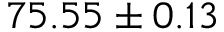
7 5 . 5 5 \pm 0 . 1 3